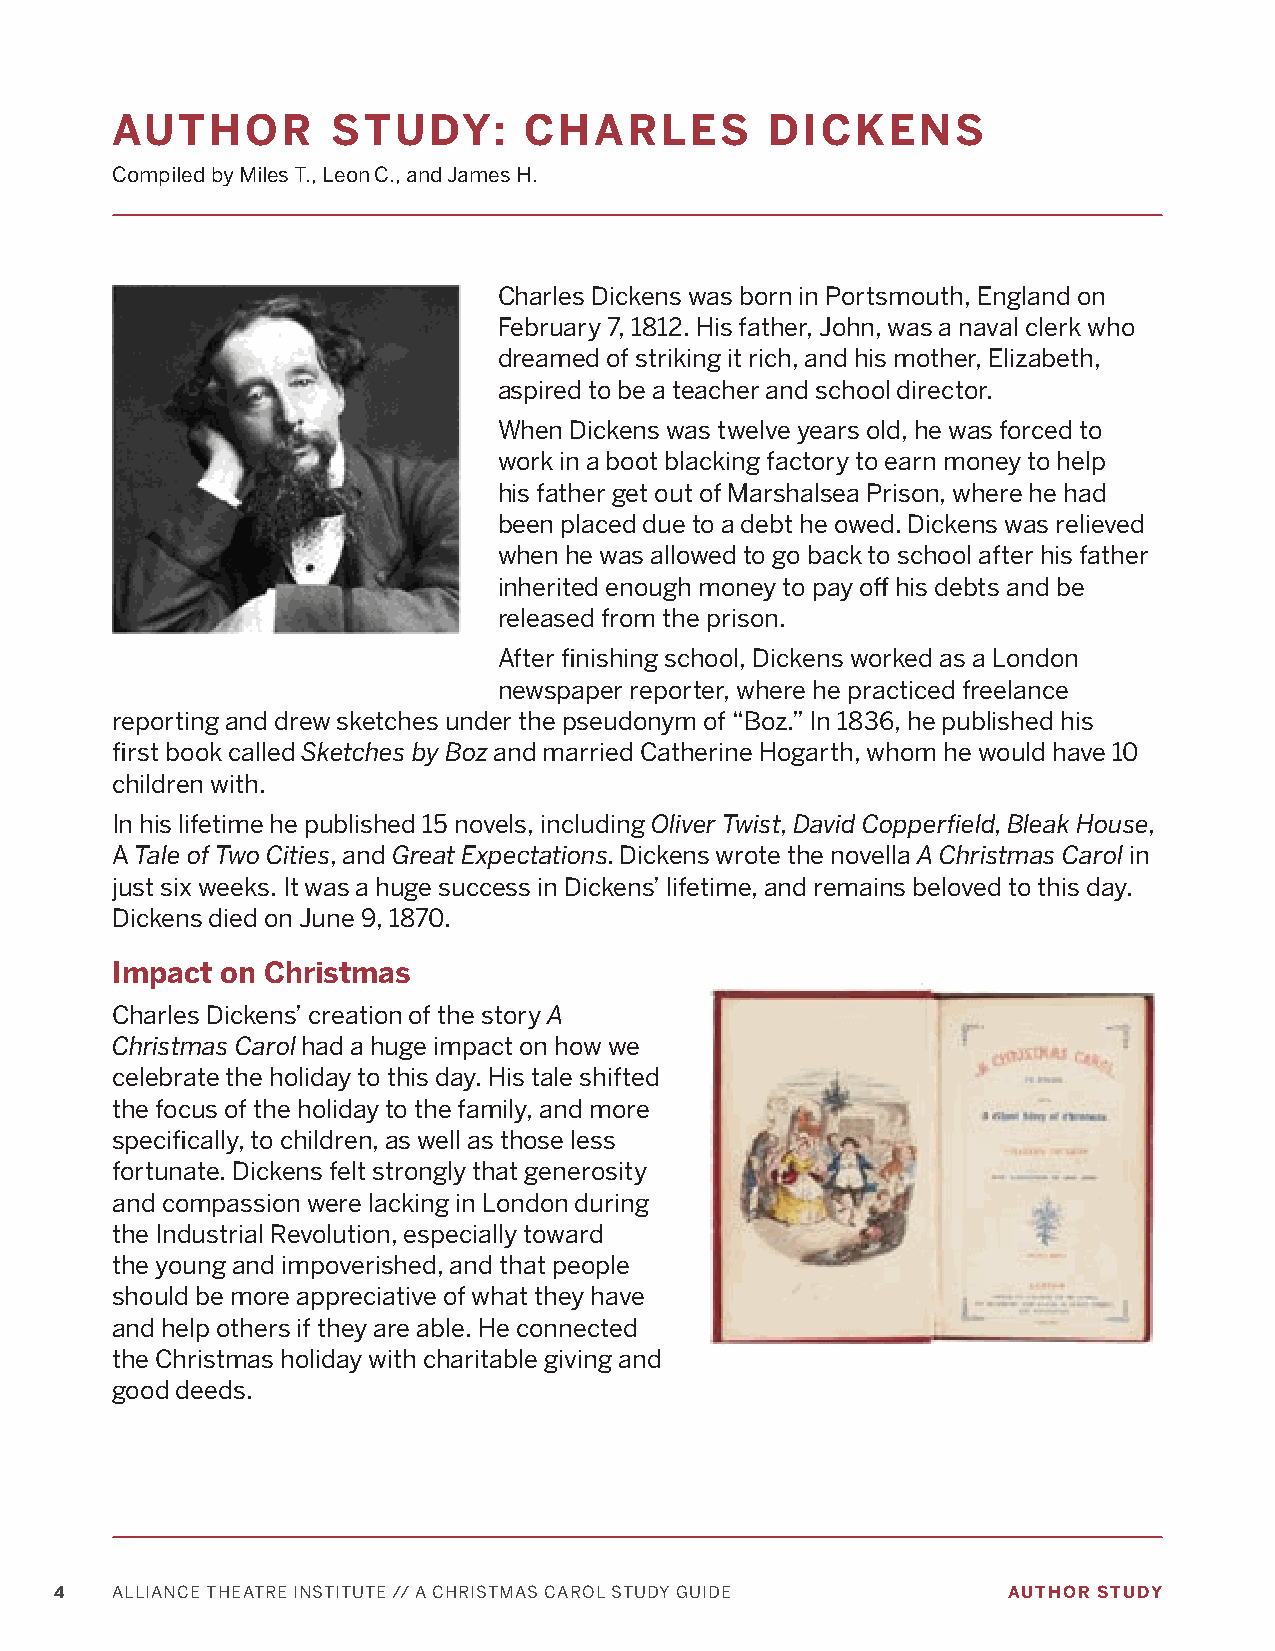
AUTHOR         STUDY:       CHARLES         DICKENS
 Compiled by Miles T., Leon C., and James H.
 Charles Dickens was born in Portsmouth, England on
 February 7, 1812. His father, John, was a naval clerk who
 dreamed of striking it rich, and his mother, Elizabeth,
 aspired to be a teacher and school director.
 When Dickens was twelve years old, he was forced to
 work in a boot blacking factory to earn money to help
 his father get out of Marshalsea Prison, where he had
 been placed due to a debt he owed. Dickens was relieved
 when he was allowed to go back to school after his father
 inherited enough money to pay off his debts and be
 released from the prison.
 After finishing school, Dickens worked as a London
 newspaper reporter, where he practiced freelance
 reporting and drew sketches under the pseudonym of “Boz.” In 1836, he published his
 first book called Sketches by Boz and married Catherine Hogarth, whom he would have 10
 children with.
 In his lifetime he published 15 novels, including Oliver Twist, David Copperfield, Bleak House,
 A Tale of Two Cities, and Great Expectations. Dickens wrote the novella A Christmas Carol in
 just six weeks. It was a huge success in Dickens’ lifetime, and remains beloved to this day.
 Dickens died on June 9, 1870.
 Impact  on Christmas
 Charles Dickens’ creation of the story A
 Christmas Carol had a huge impact on how we
 celebrate the holiday to this day. His tale shifted
 the focus of the holiday to the family, and more
 specifically, to children, as well as those less
 fortunate. Dickens felt strongly that generosity
 and compassion were lacking in London during
 the Industrial Revolution, especially toward
 the young and impoverished, and that people
 should be more appreciative of what they have
 and help others if they are able. He connected
 the Christmas holiday with charitable giving and
 good deeds.
 4  ALLIANCE THEATRE INSTITUTE // A CHRISTMAS CAROL STUDY GUIDE AUTHOR STUDY